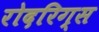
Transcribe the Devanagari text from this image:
रोदरिग्स